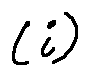
( i )